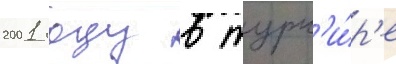
2001 году в турн'и́р'е